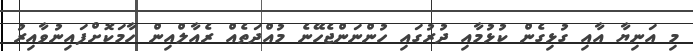
މި އަނިޔާ އާއި ގުޅިގެން ކުޅުމާއި ދުރުގައި ހުންނަންޖެހޭނެ މުއްދަތެއް ރެއާލްއިން ހާމަކޮށްފައިނުވާއިރު